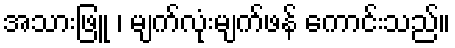
အသားဖြူ ၊ မျက်လုံးမျက်ဖန် ကောင်းသည်။